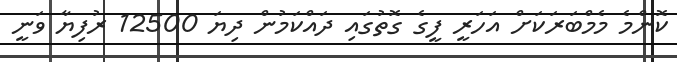
ކޮންމެ މެމްބަރަކަށް އަހަރީ ފީގެ ގޮތުގައި ދައްކަމުން ދިޔަ 12500 ރުފިޔާ ވަނީ